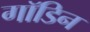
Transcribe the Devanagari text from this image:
गॉडिन